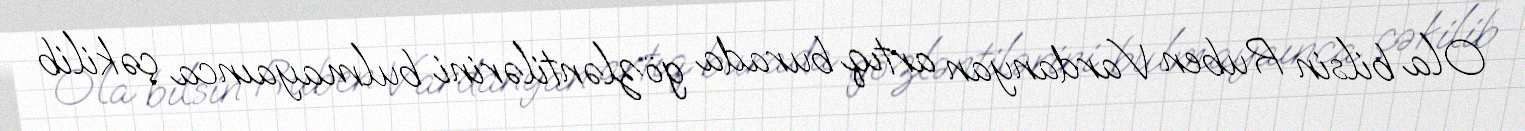
Ola bilsin Ruben Vardanyan artıq burada gözləntilərini bulmayaınca çəkilib